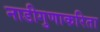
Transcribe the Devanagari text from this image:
नाडीगुणाकरिता